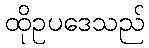
ထိုဥပဒေသည်